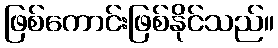
ဖြစ်ကောင်းဖြစ်နိုင်သည်။